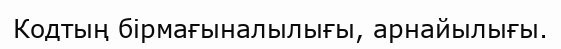
Кодтың бiрмағыналылығы, арнайылығы.